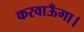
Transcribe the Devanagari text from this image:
करवाऊँगा।